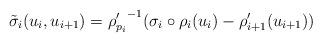
LaTeX: \begin{align*}\tilde{\sigma}_i(u_i,u_{i+1}) = {\rho_{p_i}'}^{-1}(\sigma_i \circ \rho_i(u_i) -\rho_{i+1}'(u_{i+1}))\end{align*}